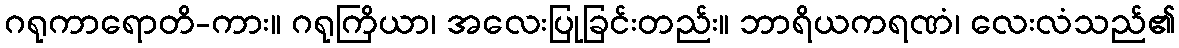
ဂရုကာရောတိ-ကား။ ဂရုကြိယာ၊ အလေးပြုခြင်းတည်း။ ဘာရိယကရဏံ၊ လေးလံသည်၏